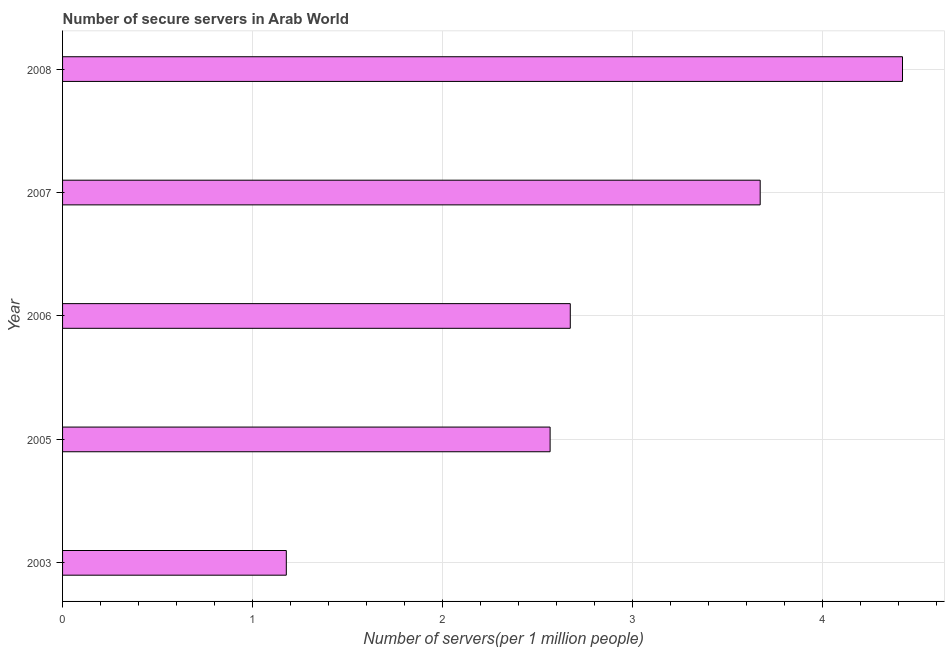
| Year | Secure Internet servers |
 | --- | --- |
 | 2003 | 1.18 |
 | 2005 | 2.57 |
 | 2006 | 2.67 |
 | 2007 | 3.67 |
 | 2008 | 4.42 |